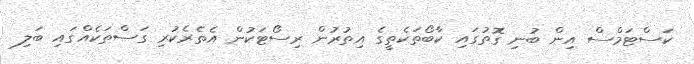
ކަސްޓަމްސް އިން ބުނި ގޮތުގައި ކާބޯތަކެތީގެ އިތުރުން ރިސޯޓަކުން އެތެރެކުރި ގަސްތަކެއްގައި ބަލި